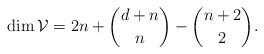
LaTeX: \begin{align*}\dim\mathcal{V}=2n+ {{d+n}\choose {n}}-{{n+2}\choose {2}}.\end{align*}